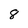
Character: 8